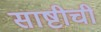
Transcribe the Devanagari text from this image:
साष्टीची